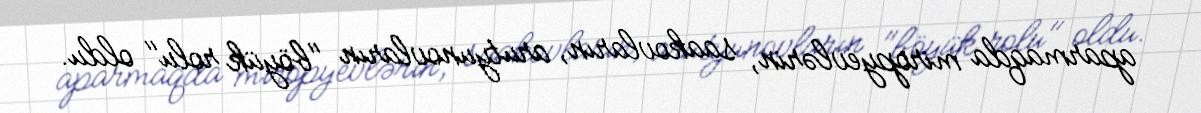
aparmaqda miropyevlərin, saakovların, arutyunovların "böyük rolu" oldu.